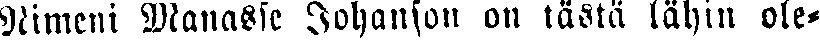
Nimeni Manasse Johanson on tästä lähin ole-